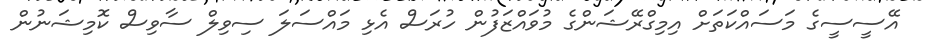
އޭސީސީގެ މަސައްކަތަށް އިމިގްރޭޝަންގެ މުވައްޒަފުން ހުރަސް އެޅި މައްސަލަ ސިވިލް ސާވިސް ކޮމިޝަނުން